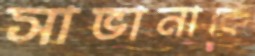
সাভানাকে